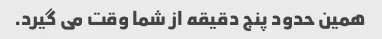
همین حدود پنج دقیقه از شما وقت می گیرد.